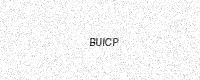
Text: BUICP